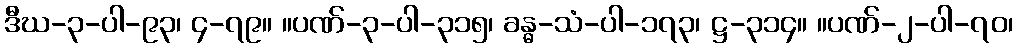
ဒီဃ-၃-ပါ-၉၃၊ ၄-၇၉။ ။ပဏ်-၃-ပါ-၃၁၅၊ ခန္ဓ-သံ-ပါ-၁၇၃၊ ဋ္ဌ-၃၁၄။ ။ပဏ်-၂-ပါ-၇၀၊